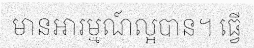
មានអារម្មណ៍ល្អបាន។ ធ្វើ